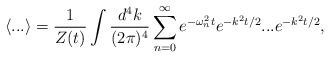
LaTeX: \begin{align*}\langle ...\rangle=\frac{1}{Z(t)}\int \frac{d^{4}k}{(2\pi)^{4}}\sum_{n=0}^\infty e^{-\omega_{n}^{2}t}e^{-k^{2}t/2}...e^{-k^{2}t/2},\end{align*}